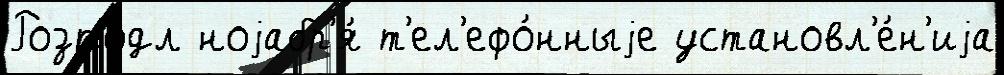
Розподл ноjабр'я́ т'ел'ефо́нныjе установл'е́н'иjа